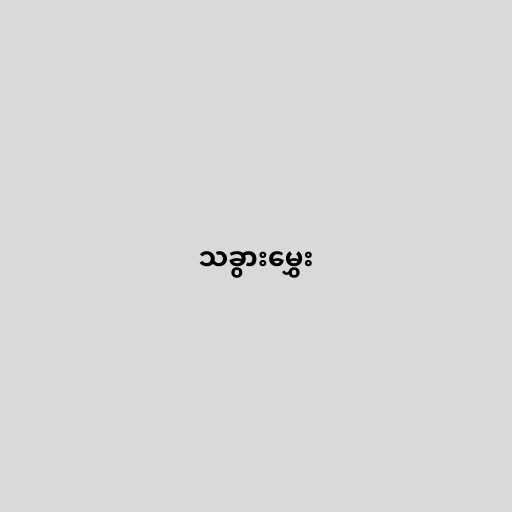
သခွားမွှေး